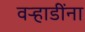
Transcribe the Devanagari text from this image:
वर्‍हाडींना